Plague in India, 1896, 1897 - Volume 3
Year: 1896
Disease focus: Plague
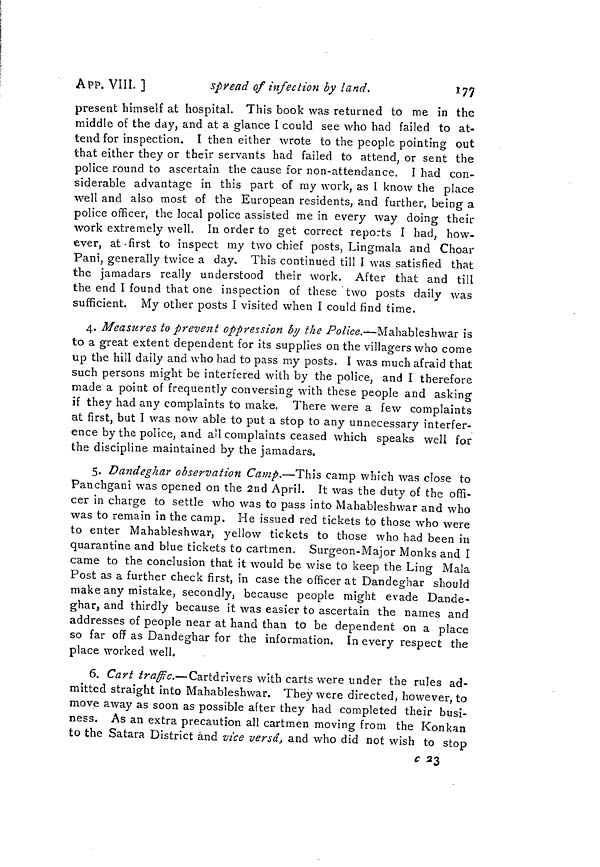
APP. VIII. ]
spread of infection by land.
177
present himself at hospital. This book was returned to me in the
middle of the day, and at a glance I could see who had failed to at-
tend for inspection. I then either wrote to the people pointing out
that either they or their servants had failed to attend, or sent the
police round to ascertain the cause for non-attendance. I had con-
siderable advantage in this part of my work, as 1 know the place
well and also most of the European residents, and further, being a
police officer, the local police assisted me in every way doing their
work extremely well. In order to get correct reports I had, how-
ever, at -first to inspect my two chief posts, Lingmala and Choar
Pañi, generally twice a day. This continued till I was satisfied that
the jamadars really understood their work. After that and till
the end I found that one inspection of these two posts daily was
sufficient. My other posts I visited when I could find time.
4. Measures to prevent oppression by the Police.—Mahableshwar is
to a great extent dependent for its supplies on the villagers who come
up the hill daily and who had to pass my posts. I was much afraid that
such persons might be interfered with by the police, and I therefore
made a point of frequently conversing with these people and asking
if they had any complaints to make. There were a few complaints
at first, but I was now able to put a stop to any unnecessary interfer-
ence by the police, and all complaints ceased which speaks well for
the discipline maintained by the jamadars.
5. Dandeghar observation Camp.—This camp which was close to
Panchgani was opened on the 2nd April. It was the duty of the offi-
cer in charge to settle who was to pass into Mahableshwar and who
was to remain in the camp. He issued red tickets to those who were
to enter Mahableshwar, yellow tickets to those who had been in
quarantine and blue tickets to cartmen. Surgeon-Major Monks and I
came to the conclusion that it would be wise to keep the Ling Mala
Post as a further check first, in case the officer at Dandeghar should
make any mistake, secondly, because people might evade Dande-
ghar, and thirdly because it was easier to ascertain the names and
addresses of people near at hand than to be dependent on a place
so far off as Dandeghar for the information, In every respect the
place worked well.
6. Cart traffic.—Cartdrivers with carts were under the rules ad-
mitted straight into Mahableshwar. They were directed, however, to
move away as soon as possible after they had completed their busi-
ness. As an extra precaution all cartmen moving from the Konkan
to the Satara District and vice versa, and who did not wish to stop
c 23